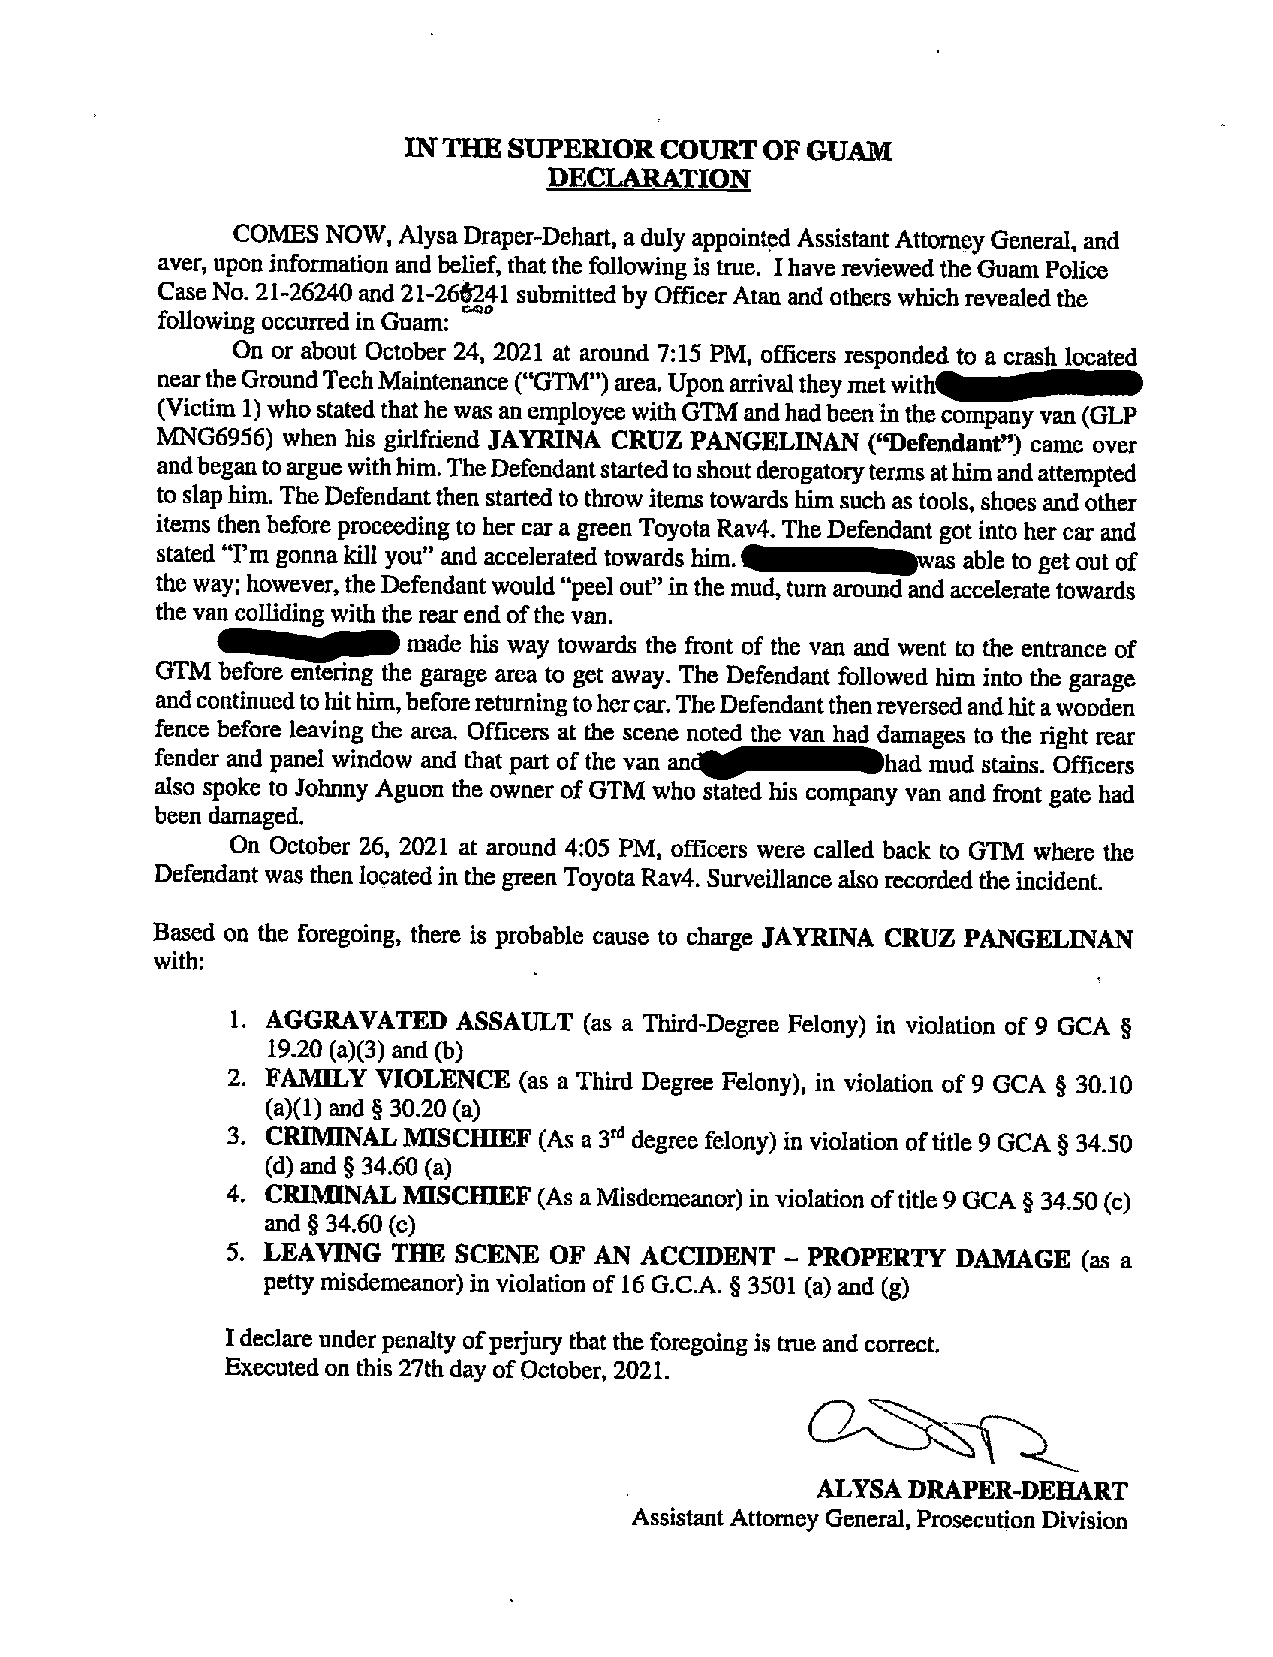
IN THE SUPERIOR COURT   OF GUAM
 DECLARATION
 COMES  NOW, Alysa Draper-Dehart, a duly appointed Assistant Attorney General, and
 aver, upon information and belief, that the following is true. I have reviewed the Guam Police
 Case No. 21-26240 and21-26641 submitted by Officer Atan and others which revealed the
 following occurred in Guam:
 On or about October 24, 2021 at around 7:15 PM, officers responded to a crash located
 neartheGroundTechMaintenance ("GT1Vl") area, Upon arrival they met with Joseph Gumataotao
 (Victim 1) who stated thathewas an employee with GTM and had been inthecompany van (GLP
 MNG6956) when his girlfriendJAYRINA CRUZ PANGELINAN ("Defendant") came over
 and began to argue with him.TheDefendant started to shout derogatory terms at him and attempted
 to slap him. The Defendant then started to throw items towardshimsuch as tools, shoes and other
 items then before proceeding to her car a green Toyota Rav4. The Defendant got into her car and
 stated "I'm gonna kill you" and accelerated towards him. Mr. Gumataotao was able to get out of
 the way, however, the Defendant would "peel out" in the mud, tum around and accelerate towards
 the van colliding with the rear end of the van.
 Mr. Gumataotao made his way towards the front of the van and went to the entrance of
 GTM before entering the garage area to get away. The Defendant followed him into the garage
 and continued to hit him, before returning to her car. The Defendant then reversed and hit a wooden
 fence before leaving the area. Officers at Me scene noted the van had damages to the right rear
 fender and panel window and that part of the van and Mr. Gumataotao had mud stains. Officers
 also spoke to Johnny Aguon the owner of GTM who stated his company van and front gate had
 been damaged.
 On October 26, 2021 at around 4:05 PM, officers were called back ro GTM where the
 Defendant was then located in the green Toyota Rav4. Surveillance also recorded the incident.
 Based on the foregoing, there is probablecause to charge JAYRINA CRUZ PANGELINAN
 with:
 1. AGGRAVATED  ASSAULT  (as a Third-Degree Felony) in violation of 9 GCA §
 19.20 (a)(3)and (b)
 2. FAIWILY VIOLENCE (as a Third Degree Felony), in violation of 9 GCA § 30.10
 (a)(1) and §30.20 (a)
 3. CRIMINAL MISCHIEF(As a 3rd degree felony) in violation of title 9 GCA §34.50
 (d)and §34.60 (a)
 4. CRIMINAL MISCHIEF (As a Misdemeanor) in violation of title 9 GCA § 34.50 (c)
 and §34.60 (c)
 5. LEAVING THE SCENE OF AN ACCIDENT ... PROPERTY DAMAGE (as a
 petty misdemeanor) inviolation of16 G.C.A. §3501 (a) and (g)
 declare under penalty of perjury that the foregoing is true and correct.
 Executed on this 27th day of October, 2021.
 r
 l
 ALYSA DRAPER-DEHART
 Assistant Attorney General, Prosecution Division